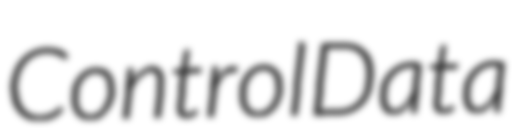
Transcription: Control Data